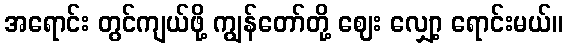
အရောင်း တွင်ကျယ်ဖို့ ကျွန်တော်တို့ ဈေး လျှော့ ရောင်းမယ်။